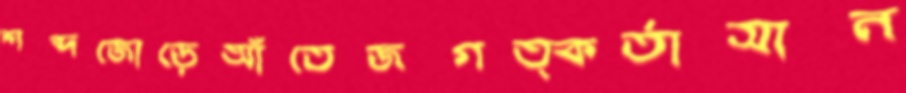
শব্দজোড়েআঁতেজগত্কর্তাসান